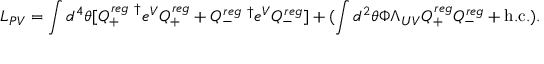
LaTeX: { \cal L } _ { P V } = \int d ^ { 4 } \theta [ Q _ { + } ^ { r e g ~ \dagger } e ^ { V } Q _ { + } ^ { r e g } + Q _ { - } ^ { r e g ~ \dagger } e ^ { V } Q _ { - } ^ { r e g } ] + ( \int d ^ { 2 } \theta \Phi \Lambda _ { U V } Q _ { + } ^ { r e g } Q _ { - } ^ { r e g } + \mathrm { h . c . } ) .